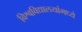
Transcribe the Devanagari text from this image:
विश्वविद्यालयांमध्ये